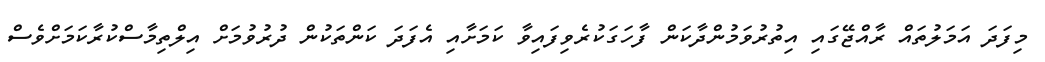
މިފަދަ އަމަލުތައް ރާއްޖޭގައި އިތުރުވަމުންދާކަން ފާހަގަކުރެވިފައިވާ ކަމަށާއި އެފަދަ ކަންތަކުން ދުރުވުމަށް އިލްތިމާސްކުރާކަމަށްވެސް